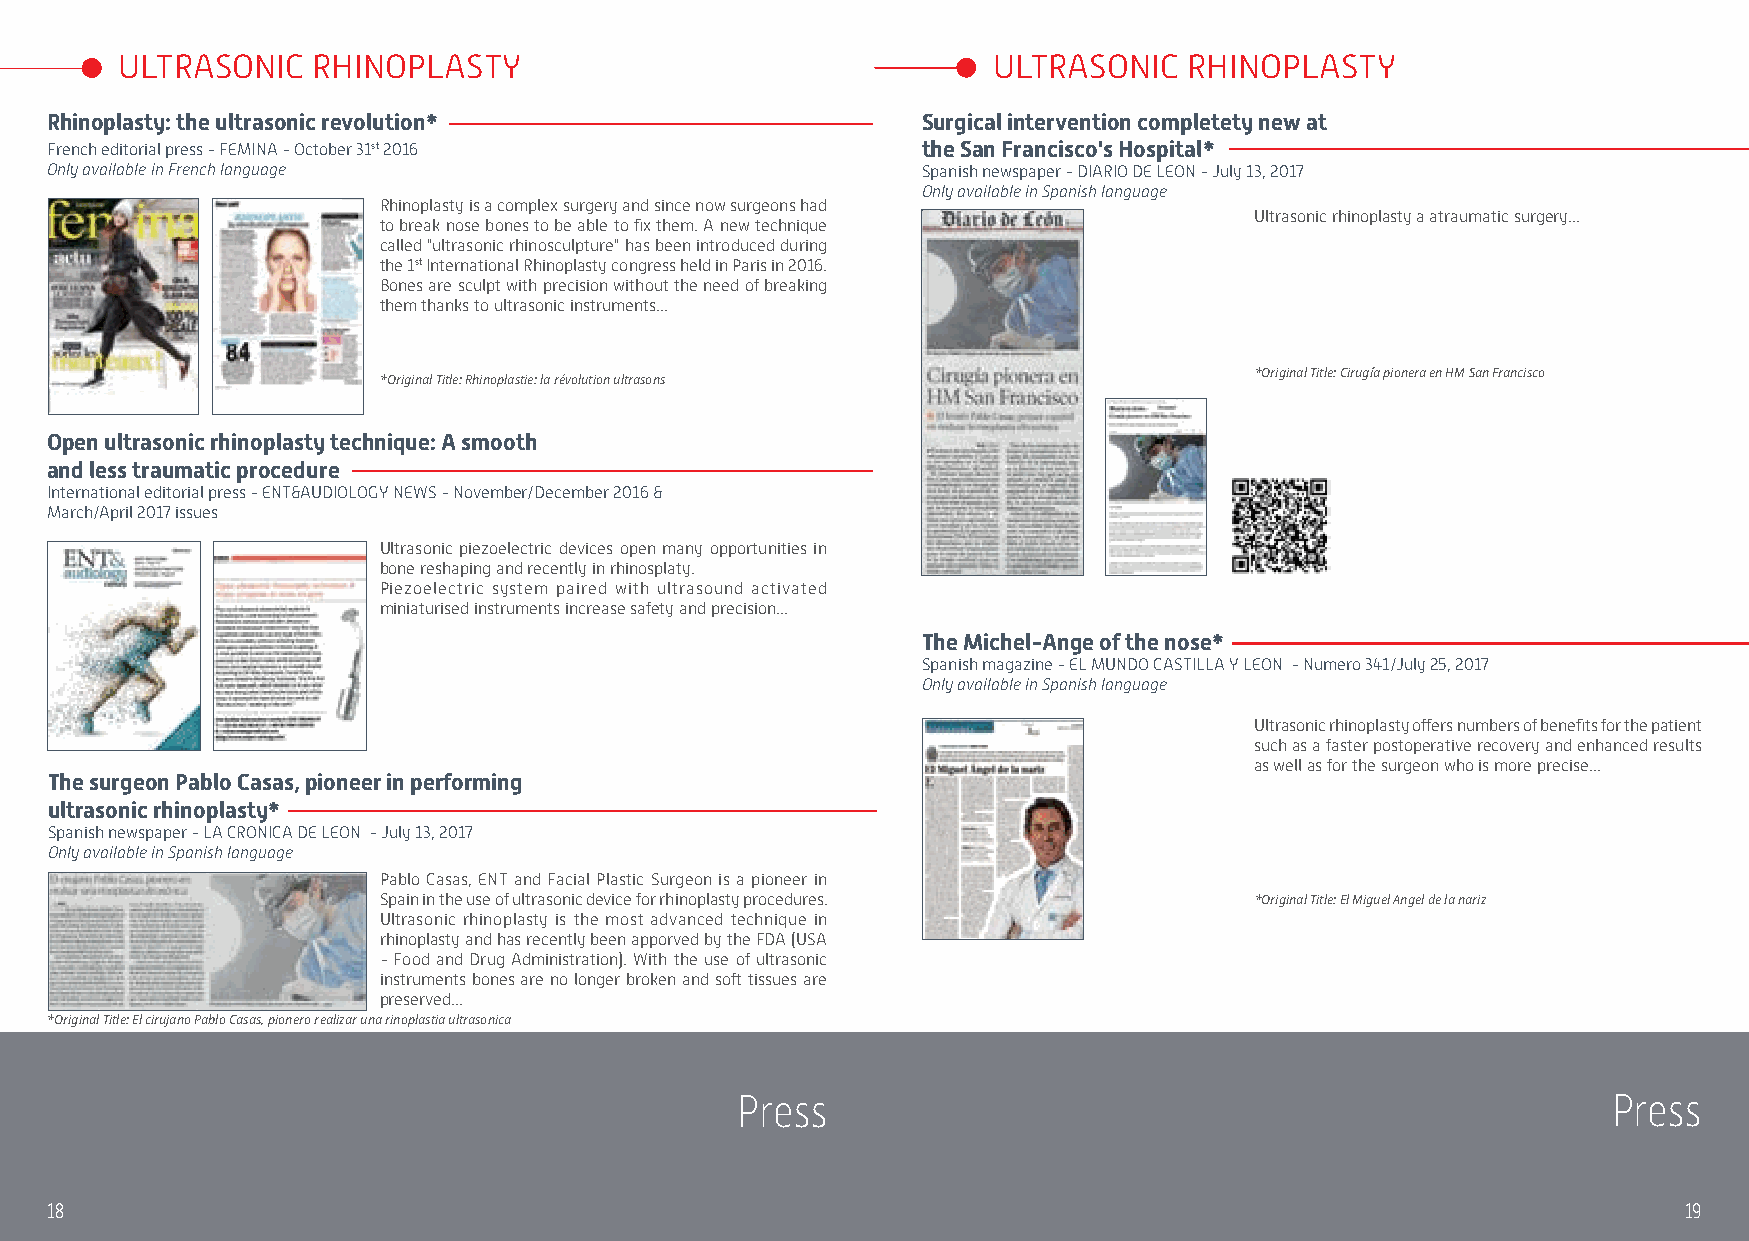
ULTRASONIC   RHINOPLASTY                                  ULTRASONIC   RHINOPLASTY
 Rhinoplasty: the ultrasonic revolution*                   Surgical intervention completety new at
 French editorial press - FEMINA - October 31st 2016       the San Francisco's Hospital*
 Only available in French language                         Spanish newspaper - DIARIO DE LEON - July 13, 2017
 Only available in Spanish language
 Rhinoplasty is a complex surgery and since now surgeons had
 Ultrasonic rhinoplasty a atraumatic surgery...
 to break nose bones to be able to fix them. A new technique
 called "ultrasonic rhinosculpture" has been introduced during
 the 1st International Rhinoplasty congress held in Paris in 2016.
 Bones are sculpt with precision without the need of breaking
 them thanks to ultrasonic instruments...
 *Original Title: Cirugía pionera en HM San Francisco
 *Original Title: Rhinoplastie: la révolution ultrasons
 Open ultrasonic rhinoplasty technique: A smooth
 and less traumatic procedure
 International editorial press - ENT&AUDIOLOGY NEWS - November/December 2016 &
 March/April 2017 issues
 Ultrasonic piezoelectric devices open many opportunities in
 bone reshaping and recently in rhinosplaty.
 Piezoelectric system paired with ultrasound activated
 miniaturised instruments increase safety and precision...
 The Michel-Ange of the nose*
 Spanish magazine - EL MUNDO CASTILLA Y LEON - Numero 341/July 25, 2017
 Only available in Spanish language
 Ultrasonic rhinoplasty offers numbers of benefits for the patient
 such as a faster postoperative recovery and enhanced results
 as well as for the surgeon who is more precise...
 The surgeon Pablo Casas, pioneer in performing
 ultrasonic rhinoplasty*
 Spanish newspaper - LA CRONICA DE LEON - July 13, 2017
 Only available in Spanish language
 Pablo Casas, ENT and Facial Plastic Surgeon is a pioneer in
 Spain in the use of ultrasonic device for rhinoplasty procedures. *Original Title: El Miguel Angel de la nariz
 Ultrasonic rhinoplasty is the most advanced technique in
 rhinoplasty and has recently been apporved by the FDA (USA
 - Food and Drug Administration). With the use of ultrasonic
 instruments bones are no longer broken and soft tissues are
 preserved...
 *Original Title: El cirujano Pablo Casas, pionero realizar una rinoplastia ultrasonica
 Press                                                     Press
 18                                                                                                           19